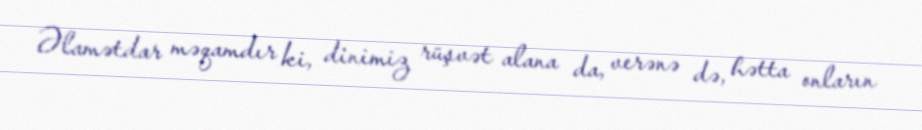
Əlamətdar məqamdır ki, dinimiz rüşvət alana da, verənə də, hətta onların